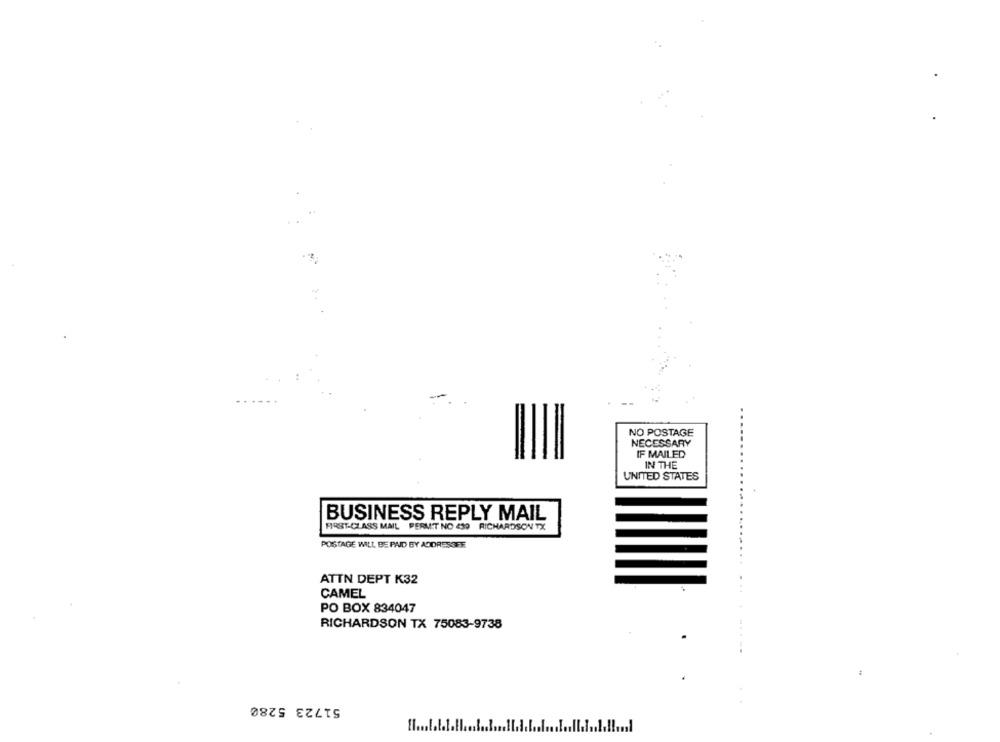
0
NO POSTAGE
NECESSARY
IF MAILED
IN THE
UNITED STATES
BUSINESS REPLY MAIL
FIRST-CLASS MAIL PERMIT NO 439 RICHARDSON TX
POSTAGE WILL BE PAID BY ADDRESSEE
ATTN DEPT K32
. .
CAMEL
PO BOX 834047
RICHARDSON TX 75083-9738
51723 5280